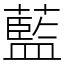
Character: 藍